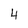
Character: 4